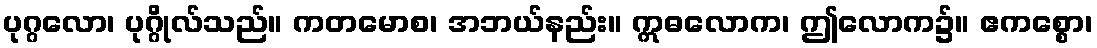
ပုဂ္ဂလော၊ ပုဂ္ဂိုလ်သည်။ ကတမောစ၊ အဘယ်နည်း။ ဣဓလောက၊ ဤလောက၌။ ဧကစ္စော၊